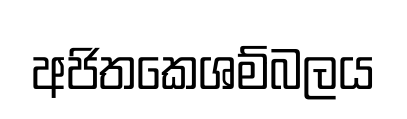
අජිතකෙශම්බලය